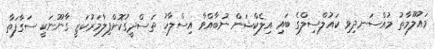
މައުލޫމާތު މުއްސަނދިވި ކައުލްސިލްގެ ބައި އިލެކްޝަން ނުބާއްވާ އިސްލާހު ތަސްދީގުކޮށްފިލާމަރުކަޒީ ގާނޫނަކީ ސަގާފަތާ